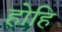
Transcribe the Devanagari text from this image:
होहि